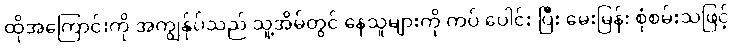
ထိုအကြောင်းကို အကျွန်ုပ်သည် သူ့အိမ်တွင် နေသူများကို ကပ် ပေါင်း ပြီး မေးမြန်း စုံစမ်းသဖြင့်